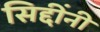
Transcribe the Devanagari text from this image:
सिद्दींनी